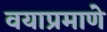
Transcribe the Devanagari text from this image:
वयाप्रमाणे